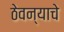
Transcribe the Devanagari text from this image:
ठेवन्याचे